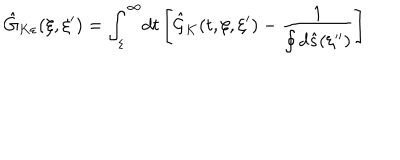
{ \hat { G } _ { K \varepsilon } } ( \xi , \xi ^ { \prime } ) = { \int _ { \varepsilon } ^ { \infty } } d t \left[ { \hat { \mathcal { G } } _ { K } } ( t , \xi , \xi ^ { \prime } ) - { \frac { 1 } { \oint { d } \hat { s } ( \xi ^ { \prime \prime } ) } } \right]